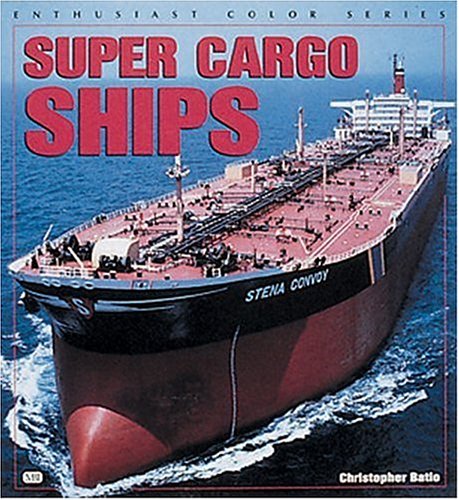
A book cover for Super Cargo Ships (Enthusiast Color); Christopher Batio; Arts & Photography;